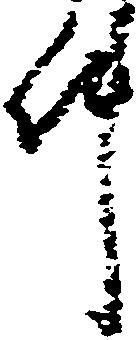
件